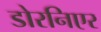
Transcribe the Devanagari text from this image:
डोरनिएर